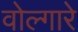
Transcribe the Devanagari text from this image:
वोल्गारे